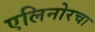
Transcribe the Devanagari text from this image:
एलिनोरचा